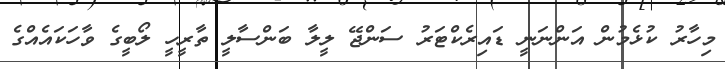
މިހާރު ކުޅެމުން އަންނަނީ ޑައިރެކްޓަރު ސަންޖޭ ލީލާ ބަންސާލީ ތާރީހީ ލޯބީގެ ވާހަކައެއްގެ